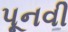
પૂનવી